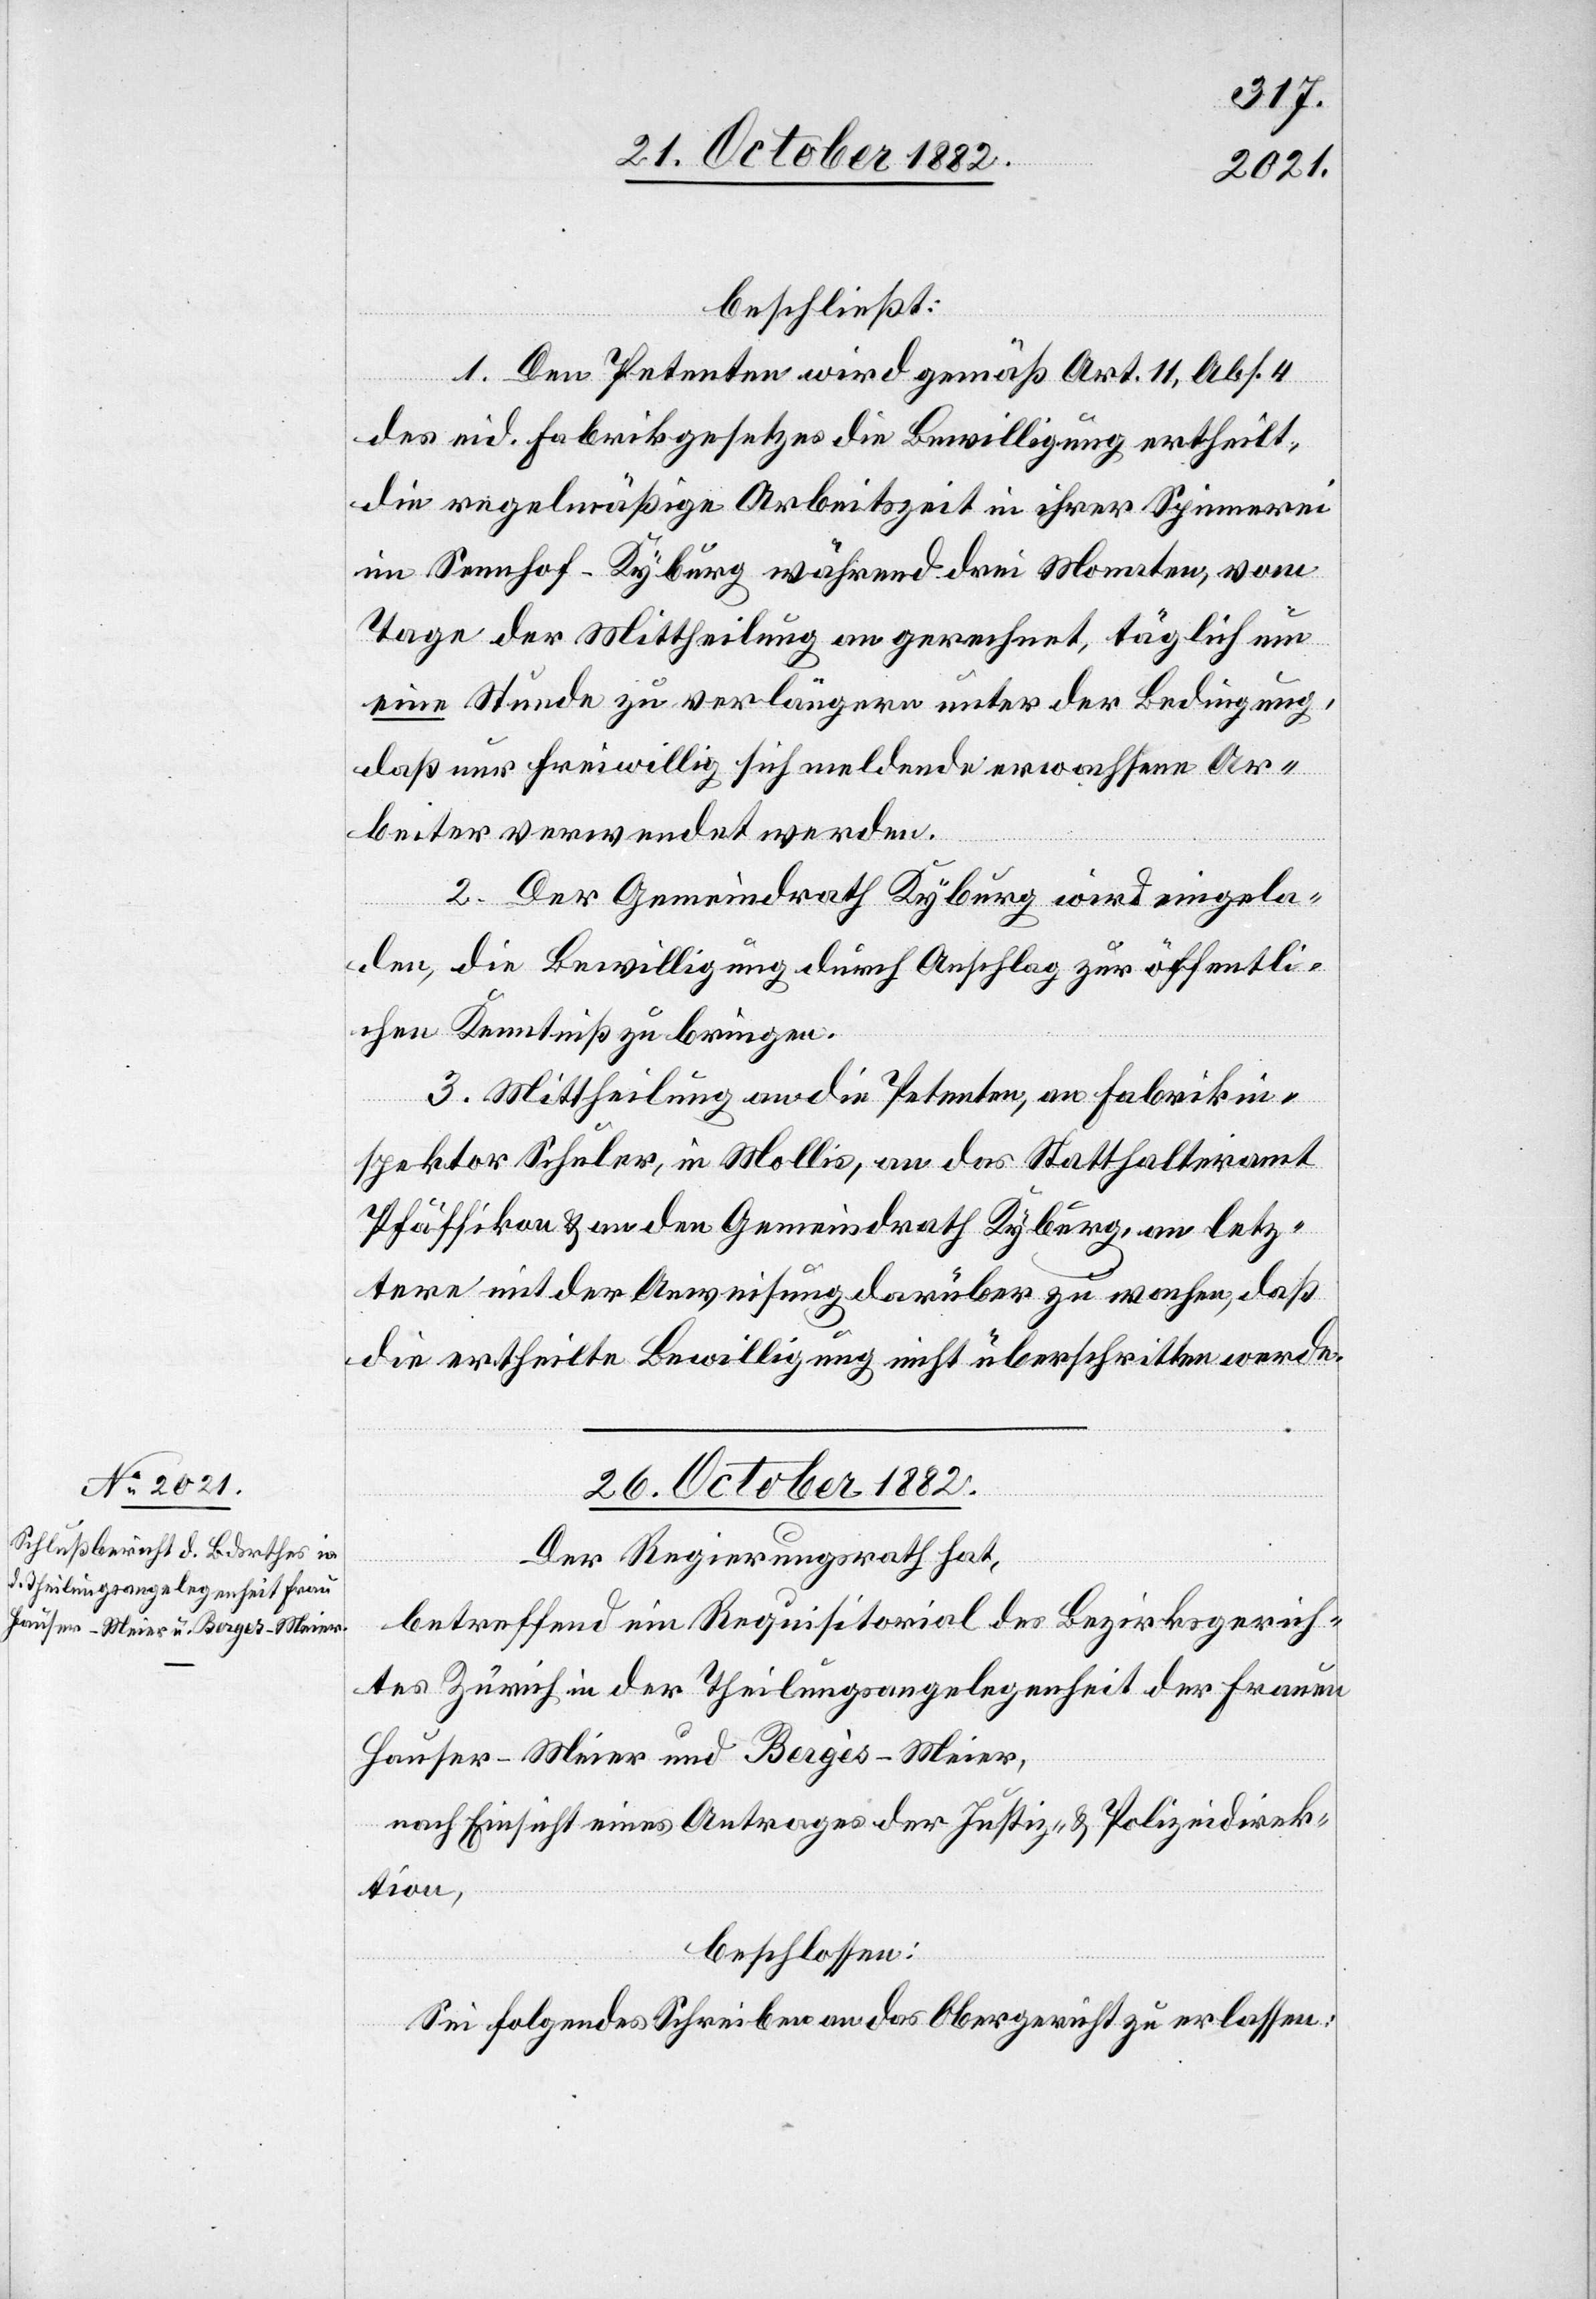
beschließt:
1. Den Petenten wird gemäß Art. 11, Abs. 4
des eid. Fabrikgesetzes die Bewilligung ertheilt,
die regelmäßige Arbeitszeit in ihrer Spinnerei
im Sennhof - Kyburg während drei Monaten, vom
Tage der Mittheilung an gerechnet, täglich um
eine Stunde zu verlängern unter der Bedingung,
daß nur freiwillig sich meldende erwachsene Ar¬
beiter verwendet werden.
2. Der Gemeindrath Kyburg wird eingela¬
den, die Bewilligung durch Anschlag zur öffentli¬
chen Kenntniß zu bringen.
3. Mittheilung an die Petenten, an Fabrikin¬
spektor Schuler, in Mollis, an das Statthalteramt
Pfäffikon & an den Gemeindrath Kyburg, an letz¬
tere mit der Anweisung darüber zu wachen, daß
die ertheilte Bewilligung nicht überschritten werde.
26. October 1882.
Der Regierungsrath hat,
betreffend ein Requisitorial des Bezirksgerich¬
tes Zürich in der Theilungsangelegenheit der Frauen
Hauser-Meier und Bergès-Meier
nach Einsicht eines Antrages der Justiz- & Polizeidirek¬
tion,
beschlossen:
Sei folgendes Schreiben an das Obergericht zu erlassen: